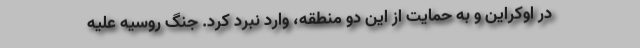
در اوکراین و به حمایت از این دو منطقه، وارد نبرد کرد. جنگ روسیه علیه